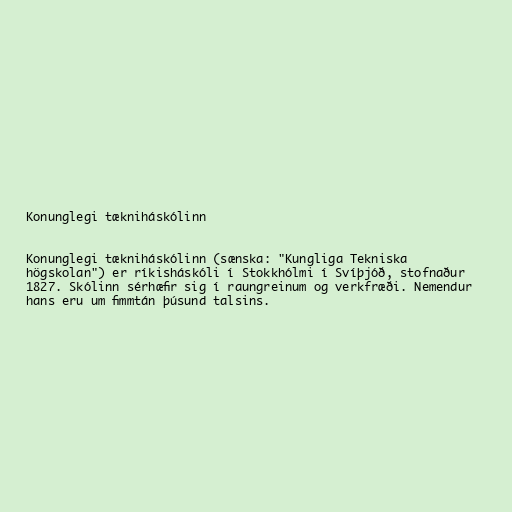
Konunglegi tækniháskólinn

Konunglegi tækniháskólinn (sænska: "Kungliga Tekniska
högskolan") er ríkisháskóli í Stokkhólmi í Svíþjóð, stofnaður
1827. Skólinn sérhæfir sig í raungreinum og verkfræði. Nemendur
hans eru um fimmtán þúsund talsins.